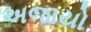
અજાયો